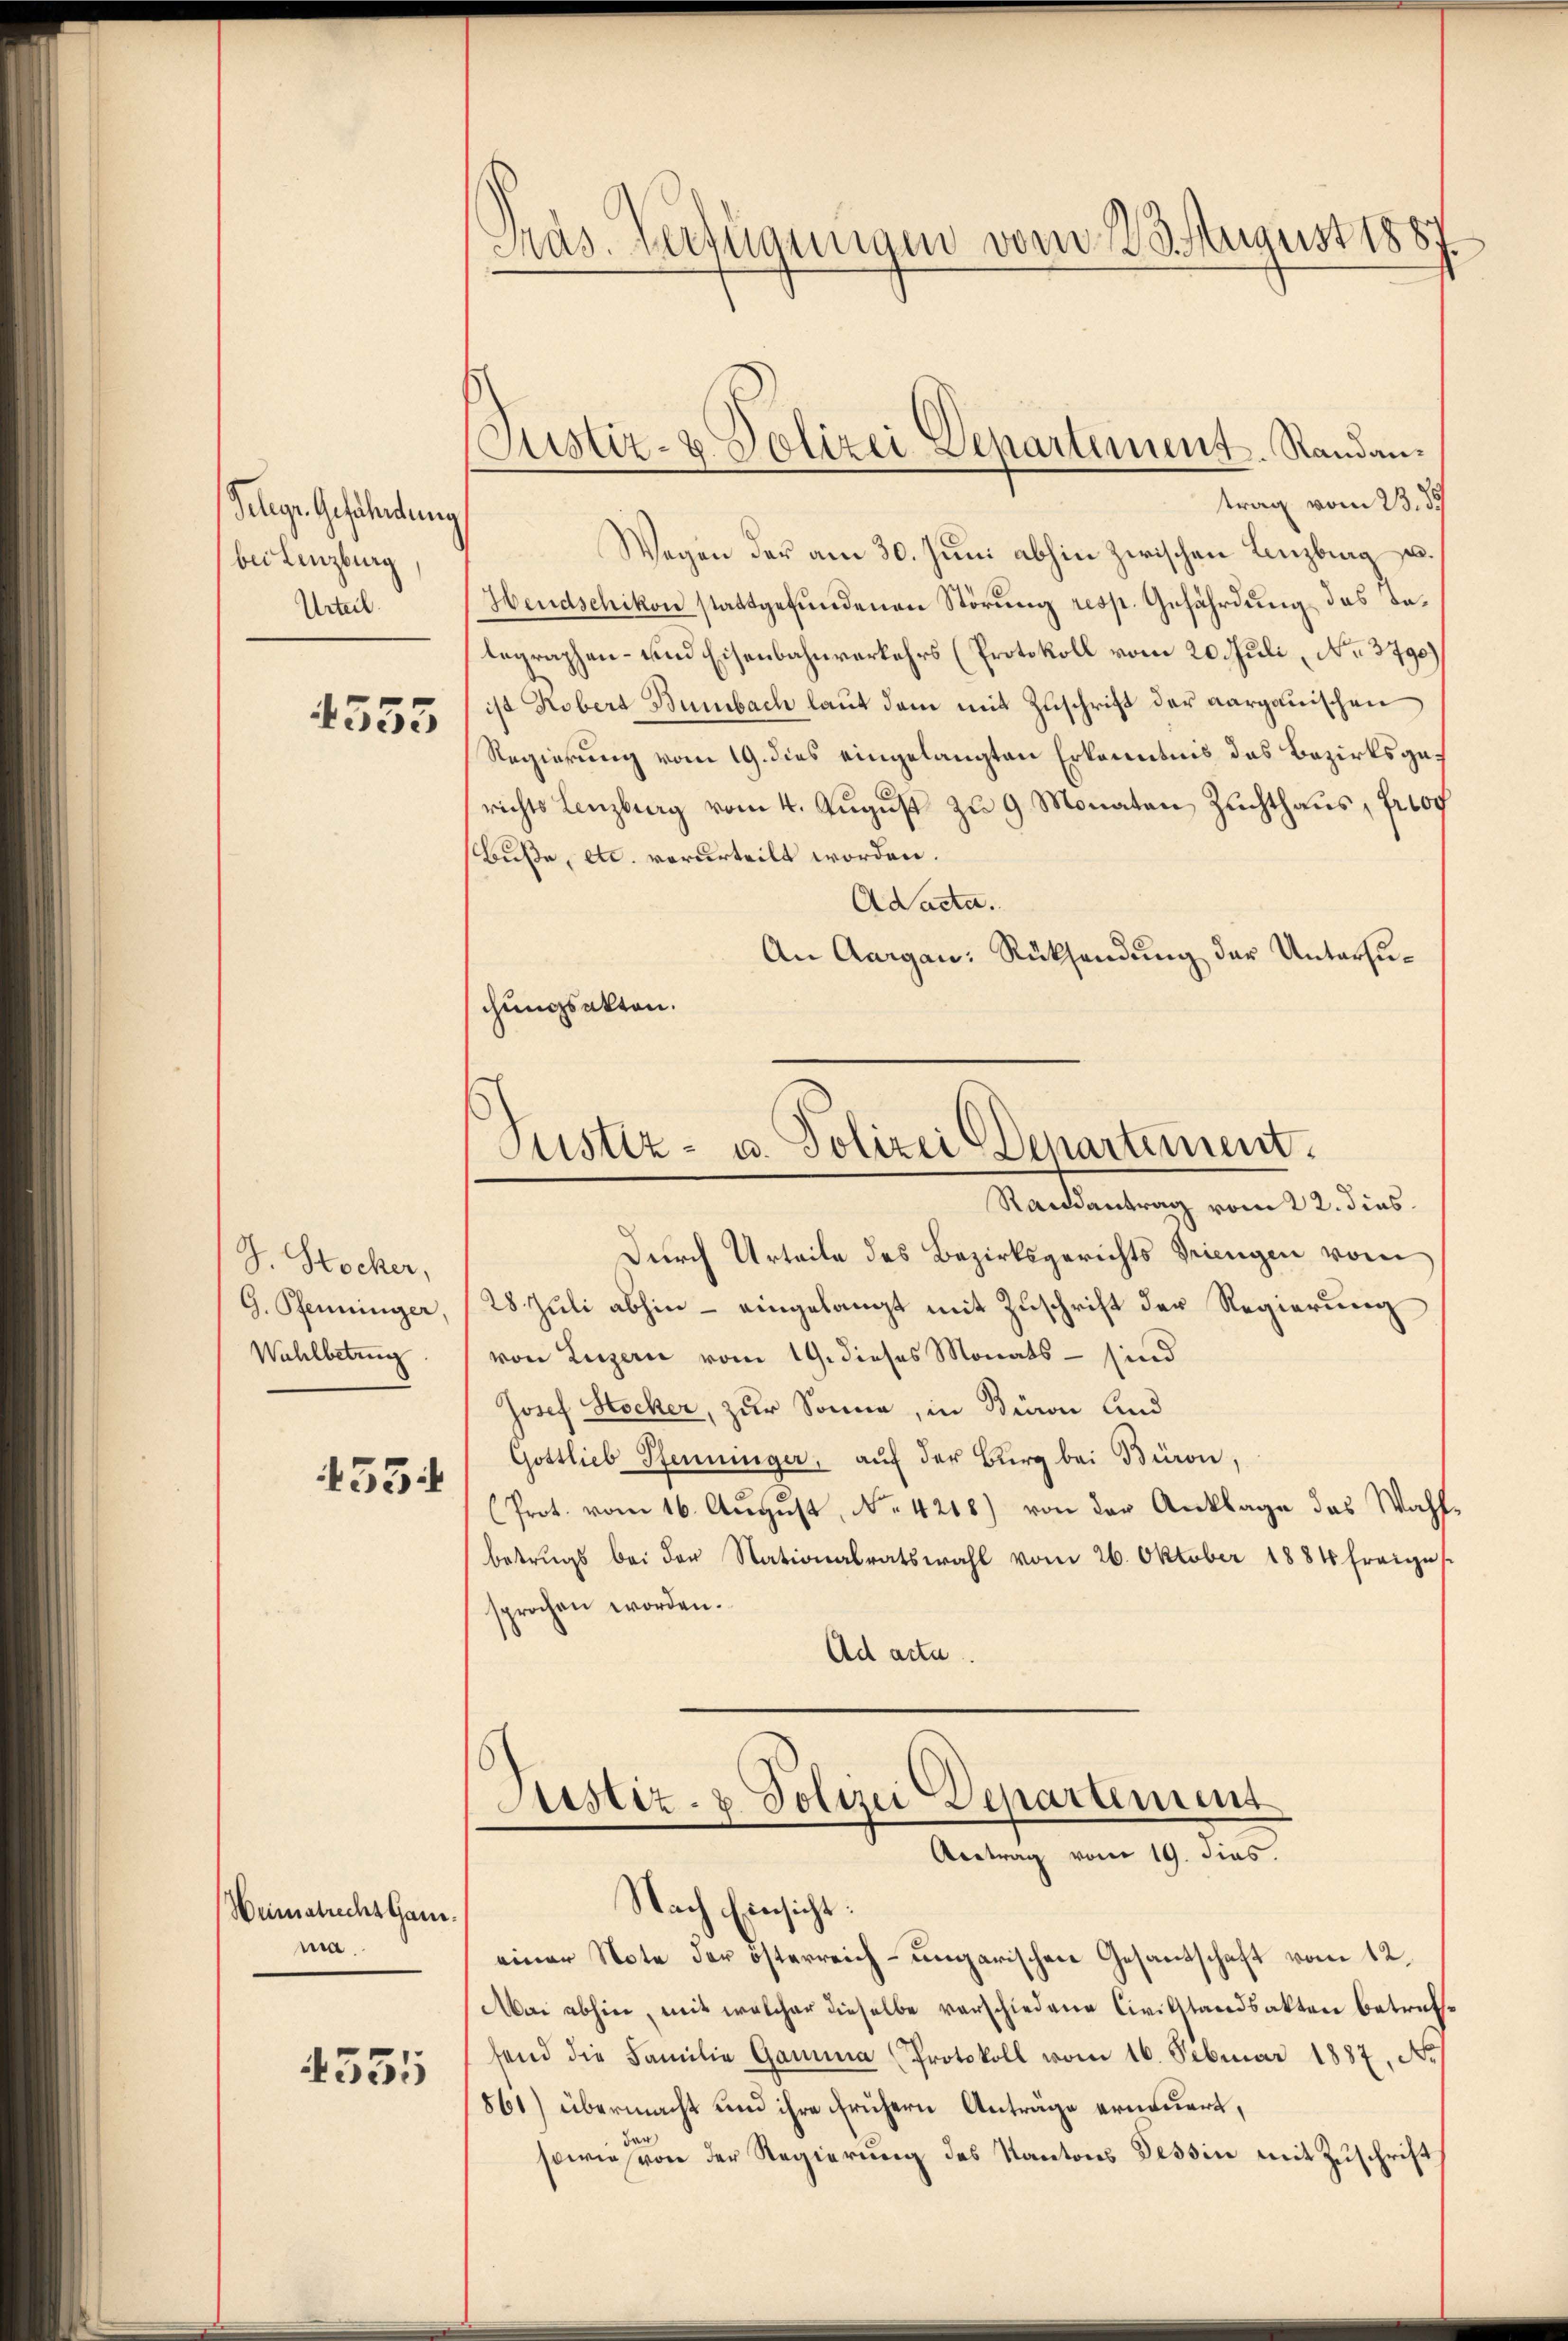
Gelegr. Gefährdung
bei Lenzburg
Urteil.

4355

J. Stocker,
G. Pfenninger,
Wahlbetrug

4554

Weimatrechtsam.
ma.

4335

Pras. Verfügungen vom 23. August 1887

Wegen der am 30. Juni abhin zwischen Lenzburg u.
Hendschikon stattgefundenen Störung resp. Gefährdung das dalegraphen- und Eisenbahnverkehrs (Protokoll vom 20. Juli, No. 3790)
ist Robert Bumbach laut dem mit Zuschrift der aargauischen
Regierung vom 19. dies eingelangten Erkenntnis des Bezirksgerichts Lenzburg vom 4. August zu 9 Monaten Zuchthaus, Prof
Buße, etc. verurteilt worden.
Adacta.
An Aargau: Rücksendung der Untersuchungsakten.

Justiz- & Polizei-Departement. Randantrag vom 23. 89

Justiz- u. Polizei Departement.
Randantrag vom 22. dies
Durch Urteile des Bezirksgerichts Triengen vom

28. Juli abhin - eingelangt mit Zuschrift der Regierung
von Luzern vom 19. dieses Monats – sind
Josef Stocker, zur Sonne, in Büren und
Gottlieb Pfenninger, aŭf der Burg bei Büron,
(Prot. vom 16. August, N. 4218) von der Anklage das Wahlbetrugs bei der Nationalratswahl vom 26. Oktober 1884 freiges
sprochen worden.
Ad acta.

Justiz- & Polizei Departement
Abetrag vom 19. dies.
Nach Einsicht:

einer Note der österreich-ungarischen Gesandschaft vom 12.
Mai abhin, mit welcher dieselbe verschiedene Civilstandsakten betreffend die Familie Gamma (Protokoll vom 16. Februar 1887, No
861) übermacht und ihre frühern Anträge erneuert,
da
sowie von der Regierung des Kantons Tessin mit Zuschrift